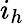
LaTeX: i_{h}